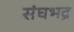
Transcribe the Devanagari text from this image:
संघभद्र